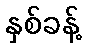
နှစ်ခန့်